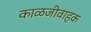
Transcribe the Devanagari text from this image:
काळजीवाहक